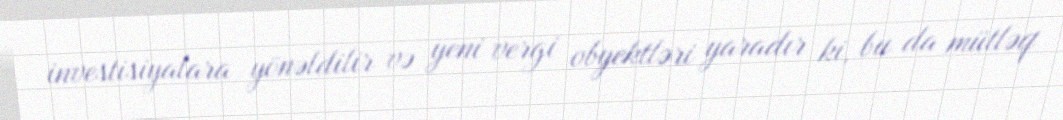
investisiyalara yönəldilir və yeni vergi obyektləri yaradır ki, bu da mütləq